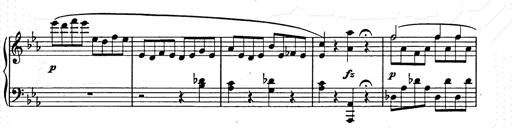
Title: Allegro di bravura
Composer: Carl Maria von Weber
Key: D major